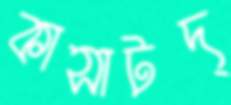
কাসাটদ্